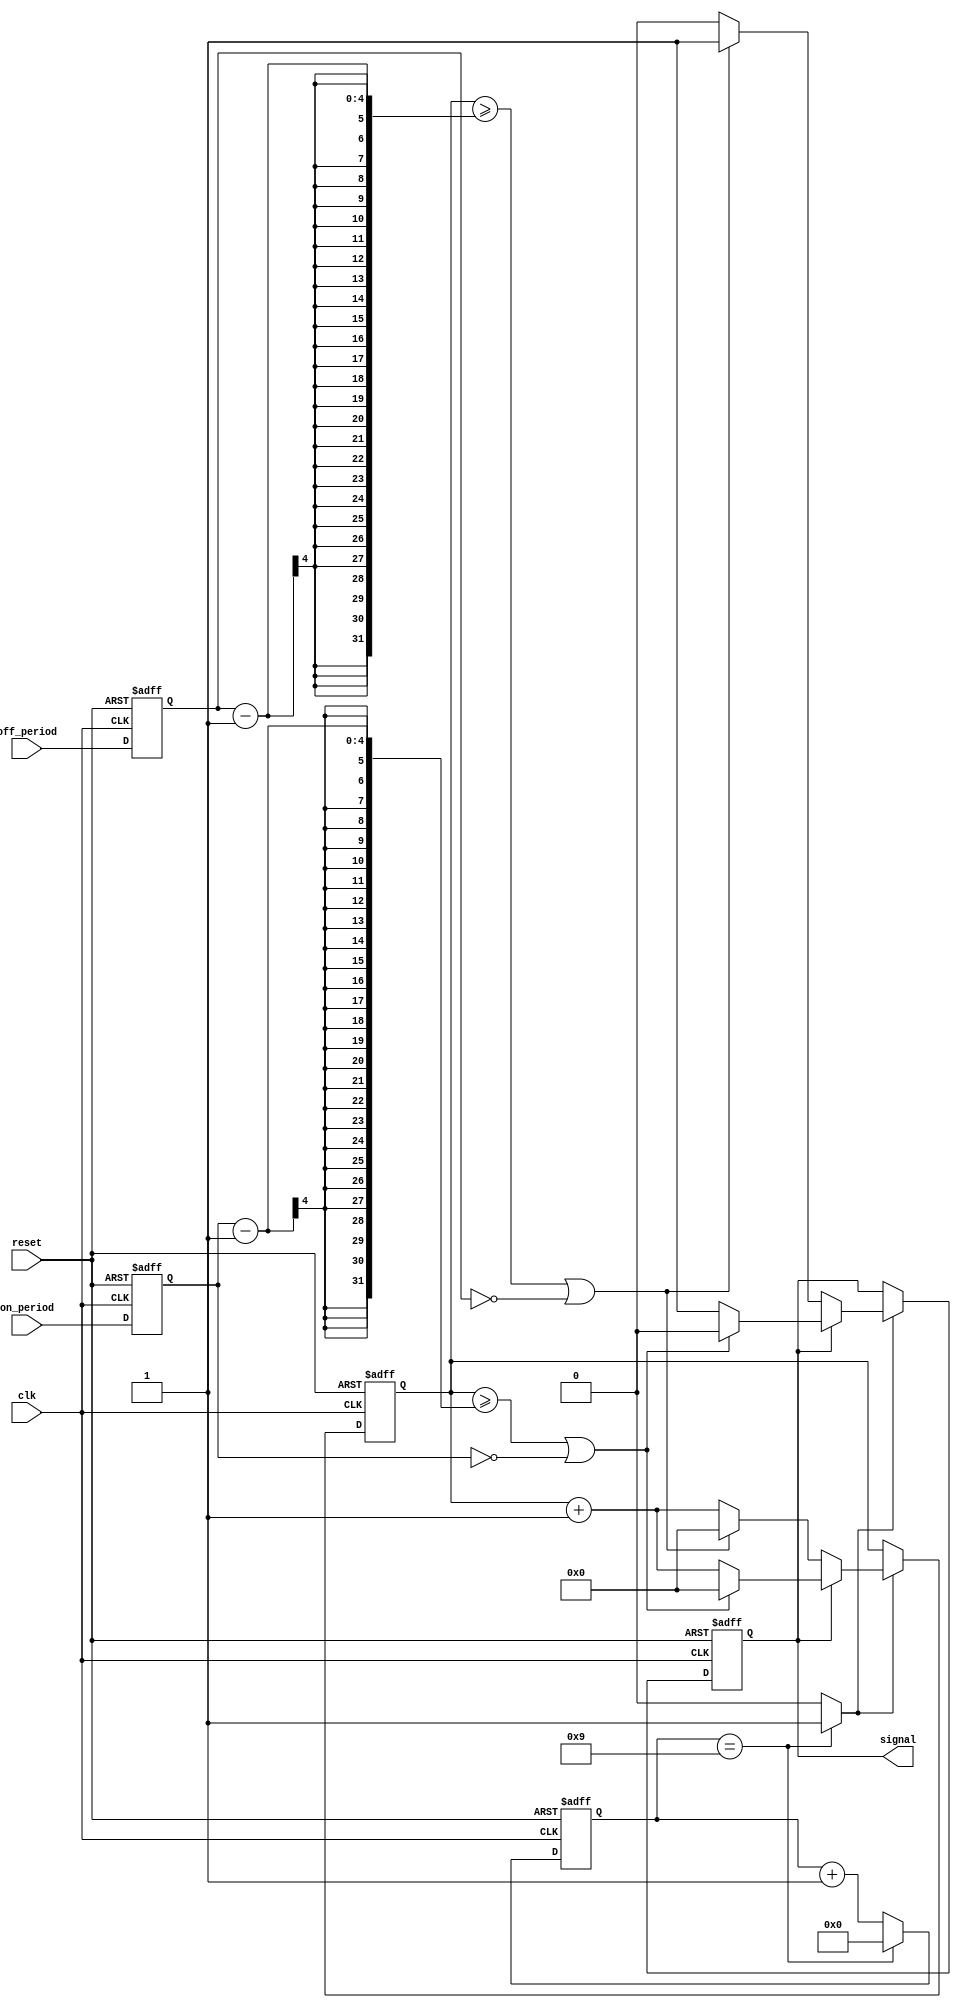
// Programmable square wave generator

module square_wave_gen
    (
    input  wire      clk, reset,
    input  wire[3:0] on_period, off_period,
    output wire      signal
    );

    // signal declaration
    localparam BASE_CYCLES = 10;
    reg        signal_reg, signal_next;
    reg[3:0]   on_period_reg, off_period_reg;
    wire[3:0]  on_period_next, off_period_next;
    reg[3:0]   period_counter_reg, period_counter_next;
    reg[4:0]   base_counter_reg;
    wire[4:0]  base_counter_next;
    wire       base_tick;

    // body
    // register
    always @(posedge clk, posedge reset)
    begin
        if (reset)
            begin
                signal_reg         <= 1'b0;
                base_counter_reg   <= 0;
                period_counter_reg <= 0;
                on_period_reg      <= 0;
                off_period_reg     <= 0;
            end
        else
            begin
                signal_reg         <= signal_next;
                on_period_reg      <= on_period_next;
                off_period_reg     <= off_period_next;
                base_counter_reg   <= base_counter_next;
                period_counter_reg <= period_counter_next;
            end
    end

    // next-state logic
    // read input
    assign on_period_next = on_period;
    assign off_period_next = off_period;
    assign base_counter_next   = (base_counter_reg == BASE_CYCLES-1) ? 0 : base_counter_reg + 1;
    assign base_tick           = (base_counter_reg == BASE_CYCLES-1) ? 1'b1 : 1'b0;
    
    // detect when to go high or low
    always @*
    begin
        // default: keep old value
        signal_next         = signal_reg;
        period_counter_next = period_counter_reg;
        
        // every 100ns
        if (base_tick)
            begin
                period_counter_next = period_counter_reg + 1;
                // if high
                if (signal_reg)
                    begin
                        // check if configured period already passed
                        // inequality, so if the user changes to a smaller period, the signal
                        // will be changed on next clk
                        // if on or off period are zero, then they will switch by the smallest period (100ns)
                        if (period_counter_reg >= on_period_reg-1 || on_period_reg == 0)
                            begin
                                signal_next         = 1'b0;  // go to low
                                period_counter_next = 0;
                            end
                    end
                // if low
                else
                    begin
                        // check if configured period already passed
                        if (period_counter_reg >= off_period_reg-1 || off_period_reg == 0)
                            begin
                                signal_next         = 1'b1; // go to high
                                period_counter_next = 0;
                            end
                    end
                end
    end
    
    // output
    assign signal = signal_reg;

endmodule